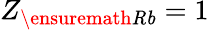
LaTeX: Z_{\ensuremath{\mathit{Rb}}}=1